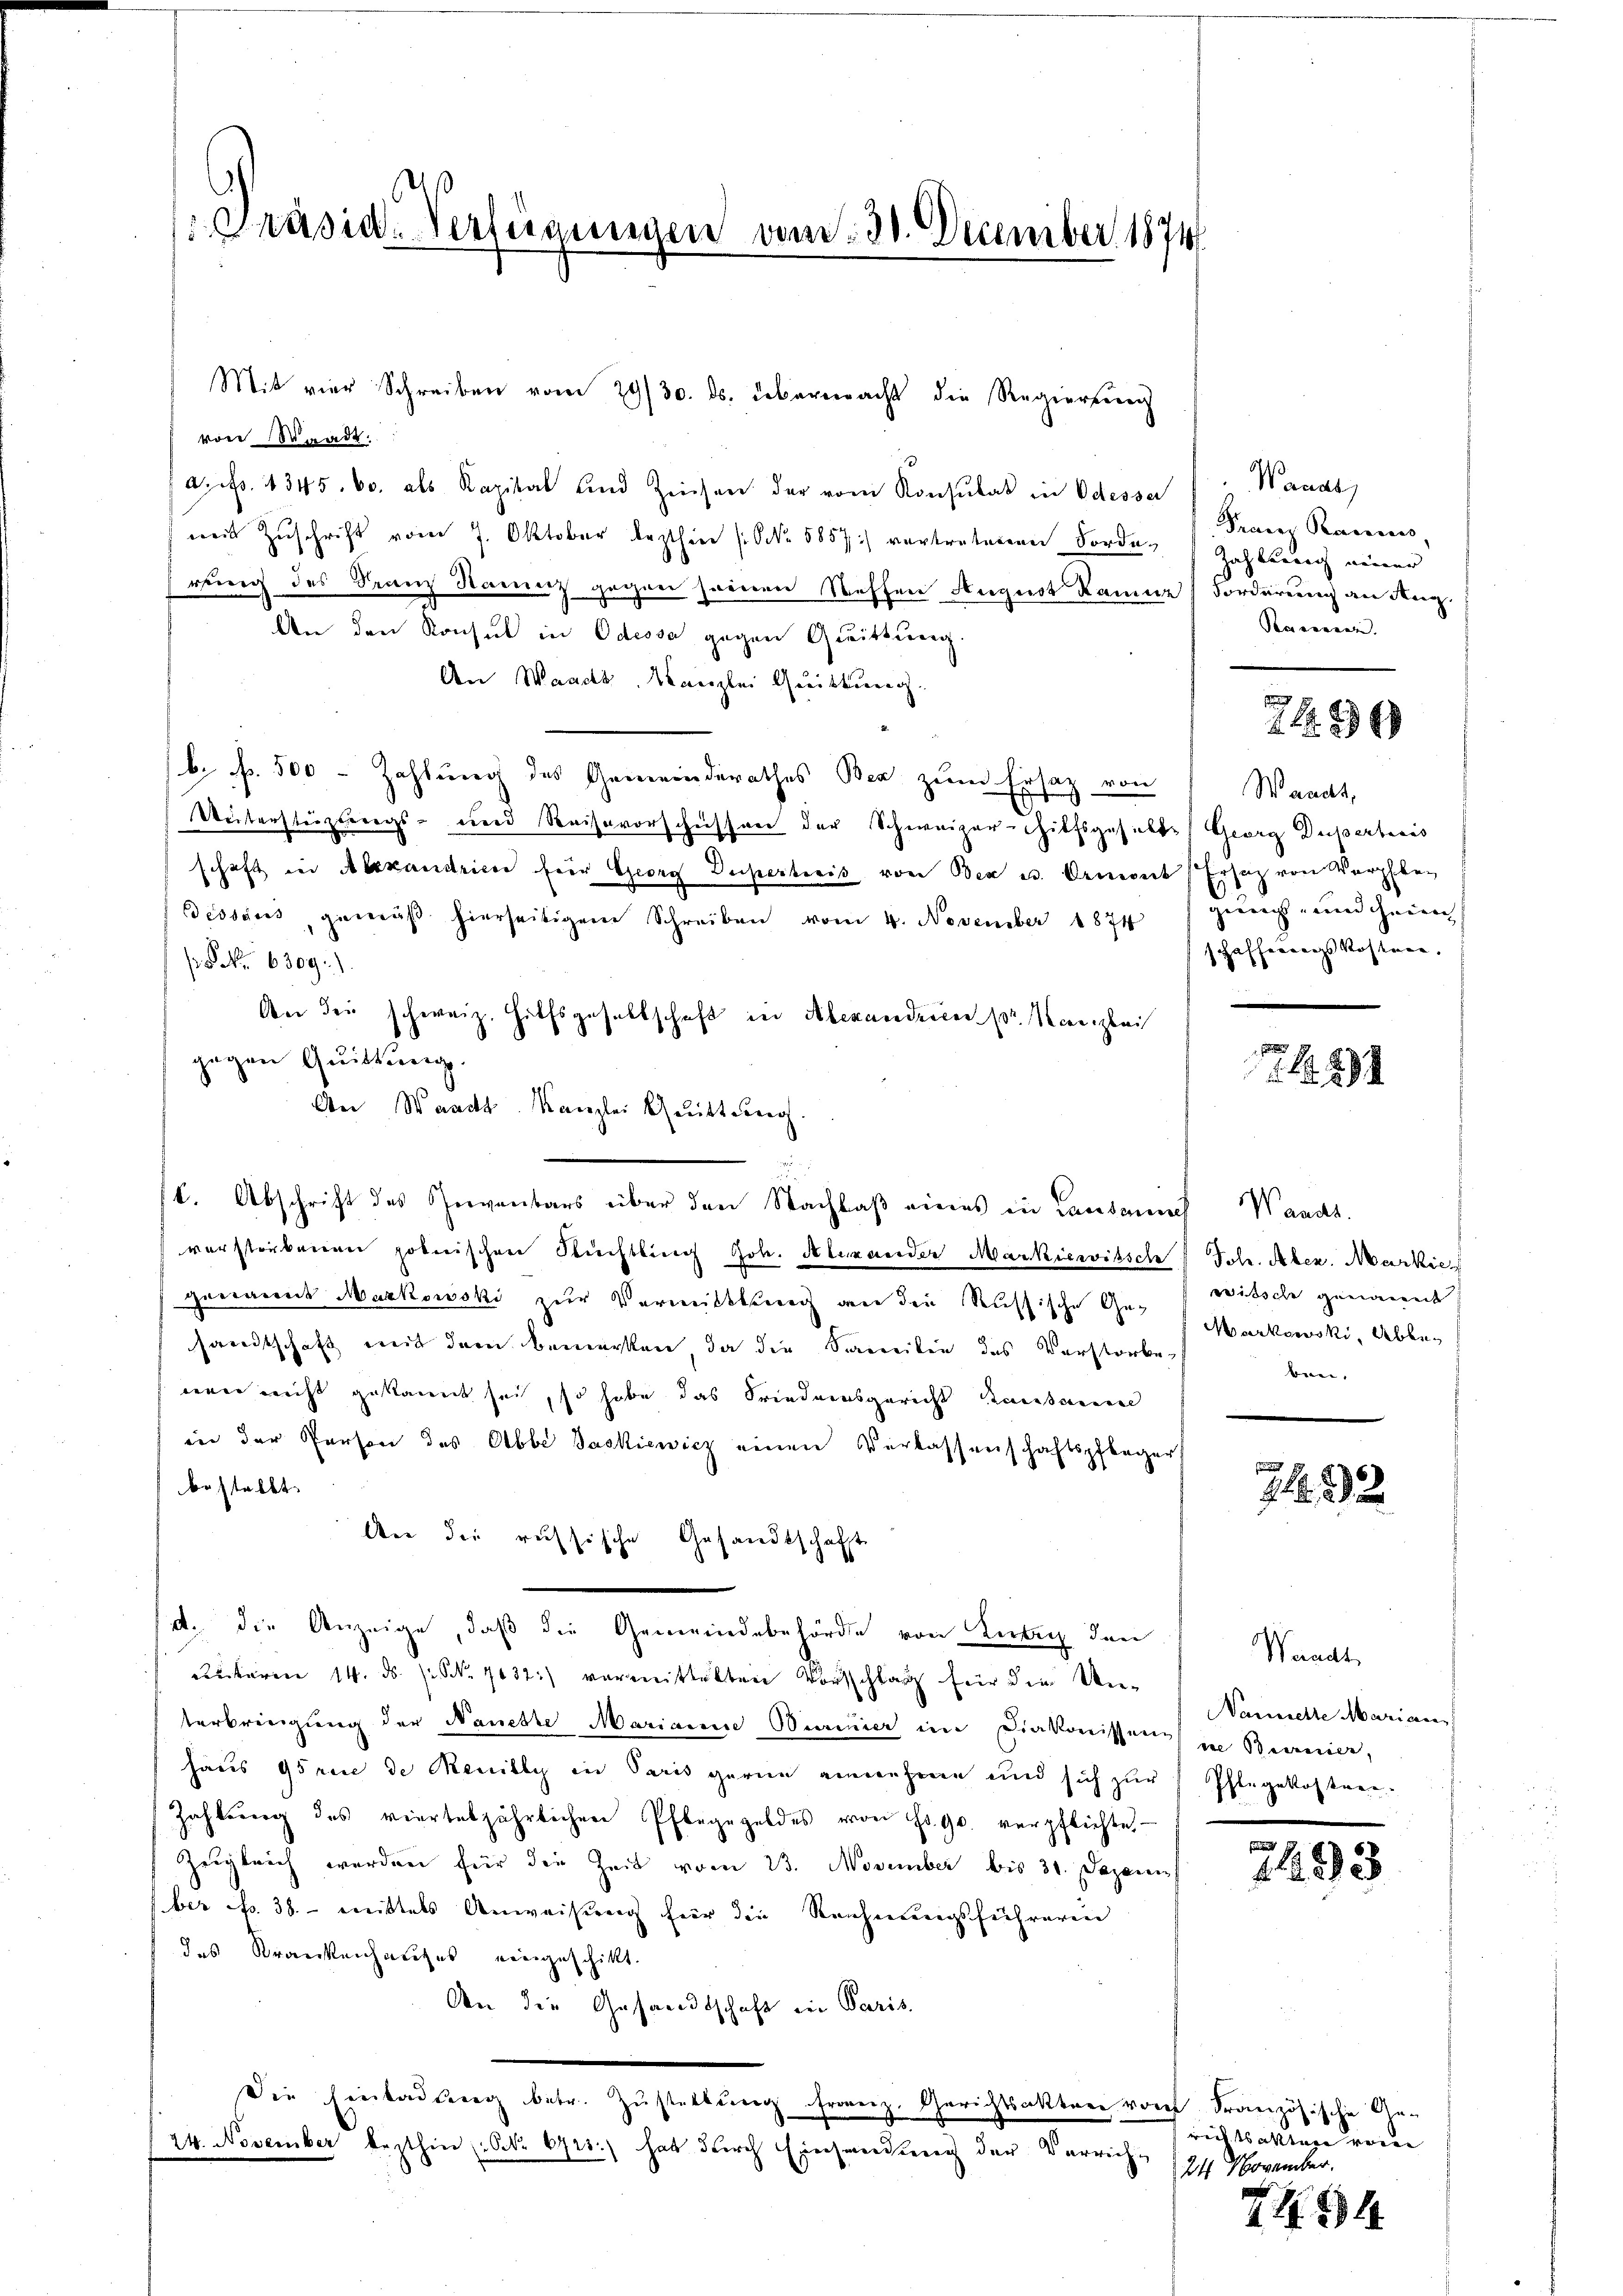
Präsid. Verfügungen vom 30. December 1874

von Waadt.
a. p. 1345. 60. als Kapital und Zeichen der vom Konsulat in Odesser
mit Zuschrift vom 7. Oktober lezthin (NNo. 5857) vertretenen Forde
rung des Franz Sanit gegen seinen Steffen August kame
An den Konsul in Odessa gegen Quittung.
An Waadt, Kanzlei Quittung.
b. f. 500 - Zahlung des Gemeinderathes Bea zum Ersatz von
Weiterstüzungs- und Reisevorschüssen der Schweizer-Thilfsgesicht
schaft in Alexandrice fier Georg Duperticis von Oer u. Ormont
Bessers gemäβ hierseitigem Schreiben vom 4. November 1874
 NNo. 6309).
An der schweiz. Hilfsgesellschaft in Alexandrieen pr. Kanzlei
gegen Quittung
An Waadt. Kanzlei Quittung.
C. Abschrift des Gerventars über den Nachlaß eines in Lausannes
verstorbenen polnischen Nüchtling Joh. Alexander Markiewitsch Sch. Aben. Markie
genannt Markowski zur Vermittlung an die Russische Ge-
sandtschaft mit dem bemerken, da die Samilie des Verstorbewann reicht gekannt sei, so habe das Friedensgericht sansamen
in der Person des Abbe Jaskiewicz einen Verlassenschaftspfleger
bestellt.
An die russische Gesandtschaft
d. die Anzeige, daß die Gemeindebehörde von Kein den
utären 14. ds. s. S. 7137) vermittelten Vorschlag für die Unterbringung der Naueste Marianne Burimier im Diakonissens
haus Gs rice de Reuilly in Paris gerne annehme und sich zur
Zahlung des vierteljährlichen Pfleggeldes von Fr. 90. verpflichtet
Zugleich werden für die Zeit vom 23. November bis 31. Dezem
ber No. 38. - mittels Anweisung für die Reichnungsführeren
das Krankenhauses eingeschikt.
An die Gesandtschaft in Paris,
Die Einladŭng betr. Zŭstellŭng franz. Gerichtsakter von Französische Ge-
24. November lezthin, Nr. 6713.) hat durch Einsendung der Verrich¬

Mit vier Schreiben vom 29/30. ds. übermacht die Regierung

Wanas,
Franz Ranius,
Zahbarrech neuer
Forderung an Aug.
Pensinnen. |

Waadt,
Georg Duperticis
Ersatz von Verpflegungs- und Hein
schafferungs Kosten,

741

Wands
witsche geeinweit
Markowski, Abbeben,

Zl. 32

Waadt,
Namnierte Marieren
ie Beanien,
Phlegekosten.

m
113

richtsalten vom
24 November.